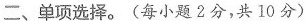
二、单项选择.(每小题2分,共 10分)